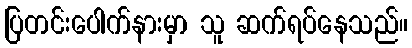
ပြတင်းပေါက်နားမှာ သူ ဆက်ရပ်နေသည်။